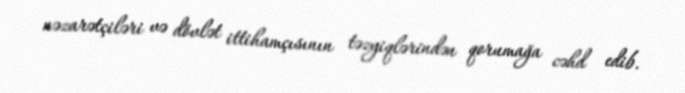
nəzarətçiləri və dövlət ittihamçısının təzyiqlərindən qorumağa cəhd edib.